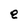
Character: e